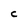
Character: C